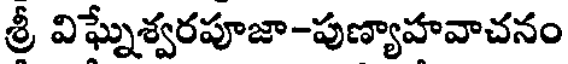
శ్రీ విఘ్నేశ్వరపూజా-పుణ్యాహవాచనం